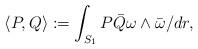
LaTeX: \begin{align*} \langle P, Q \rangle := \int_{S_1} P \bar Q \omega \wedge \bar \omega / dr,\end{align*}